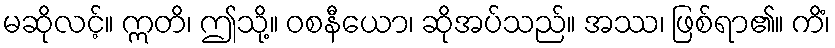
မဆိုလင့်။ ဣတိ၊ ဤသို့။ ဝစနီယော၊ ဆိုအပ်သည်။ အဿ၊ ဖြစ်ရာ၏။ ကိံ၊